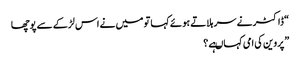
“ ڈاکٹر نے سر ہلاتے ہوئے کہا تو میں نے اس لڑکے سے پوچھا
”پروین کی امی کہاںہے ؟